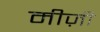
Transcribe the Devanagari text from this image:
मीज़ी